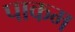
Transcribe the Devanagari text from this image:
पाकम